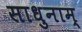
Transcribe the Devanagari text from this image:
साधुनाम्